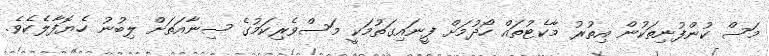
މަސް ކުންފުނިތަކުން އިތުރު މާކެޓުތައް ހޯދުމަށް ފީނައިގަތުމަކީ މަސްވެރިކަމުގެ ސިނާއަތަށް ލިބުނު ހެޔޮފާލެކެވެ.